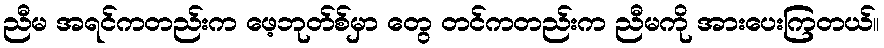
ညီမ အရင်ကတည်းက ဖေ့ဘုတ်စ်မှာ တွေ တင်ကတည်းက ညီမကို အားပေးကြတယ်။